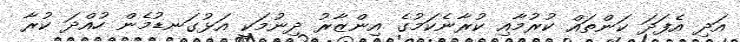
އަދި އެފަދަ ކަންތައް ކުރުމާއި ކުރާނެކަމުގެ އިންޒާރު ދިނުމަކީ އަޅުގަނޑުމެން ހުއްދަ ކުރާ